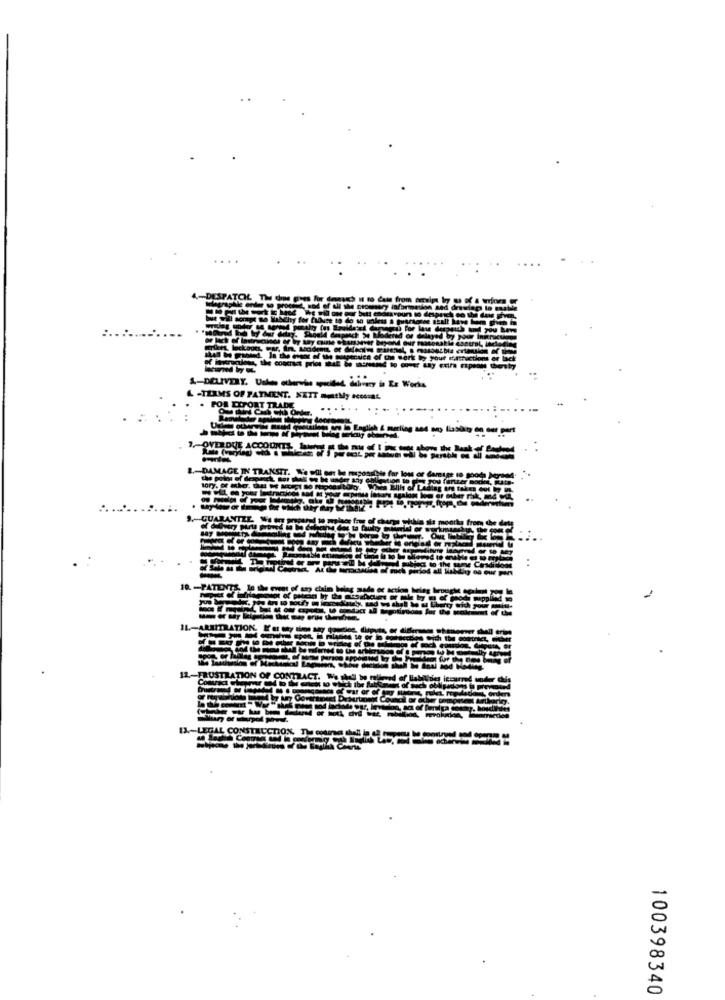
:.
-TERMS OF PAYMENT. NETT metMy setGIRL
FOR DYFORT TA
......
-OVERDUE ACCOUNTL
.- DAMAGE IN TRANSIT. We will not be mepongose fo
-PAT
IL-AU
LEGAL CONSTRUCTION. THE CO
100398340